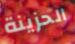
الحزينة